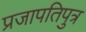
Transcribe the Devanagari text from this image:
प्रजापतिपुत्र